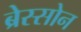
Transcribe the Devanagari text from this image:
ब्रेस्सोन